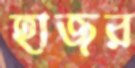
হাজর